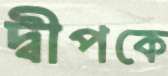
দ্বীপকে